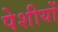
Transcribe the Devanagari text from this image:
पेशीयों